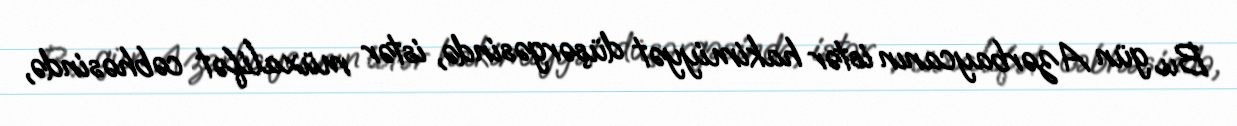
Bu gün Azərbaycanın istər hakimiyyət düşərgəsində, istər müxalifət cəbhəsində,